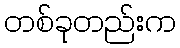
တစ်ခုတည်းက